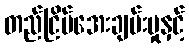
တည်ငြိမ်အေးချမ်းမှုနှင့်